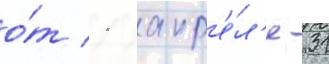
о́т 1 апр'е́л'я 31